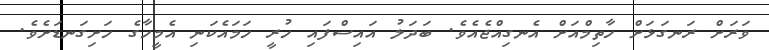
ވަރަށް ރަނގަޅަށް ހާތިމްއަށް އެނގިއްޖެއެވެ. ބަދަލު އައިސްފައި ހުރީ ހަމައެކަނި އެމީހާގެ ހަށިގަނޑަށެވެ.